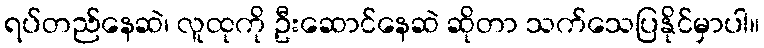
ရပ်တည်နေဆဲ၊ လူထုကို ဦးဆောင်နေဆဲ ဆိုတာ သက်သေပြနိုင်မှာပါ။